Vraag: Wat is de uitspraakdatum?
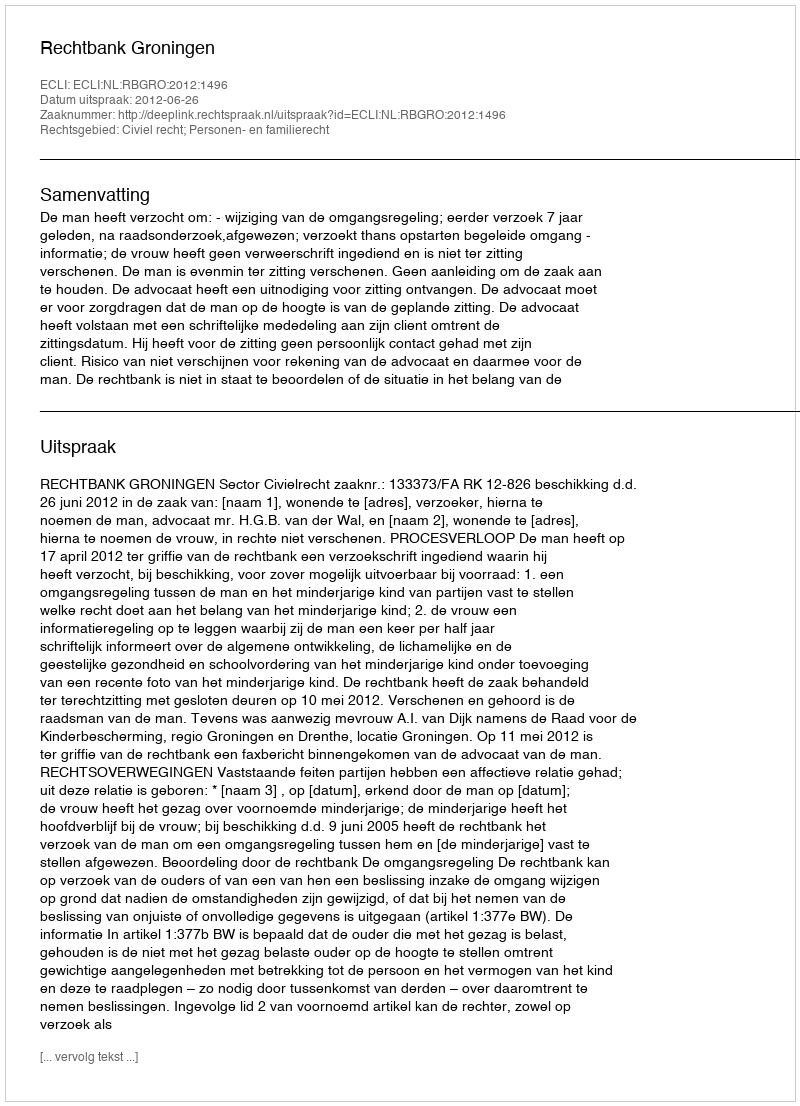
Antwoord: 2012-06-26